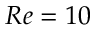
R e = 1 0